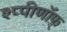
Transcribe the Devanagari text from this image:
श्प्पीणॉफ़्